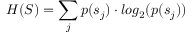
H ( S ) = \sum _ { j } p ( s _ { j } ) \cdot l o g _ { 2 } ( p ( s _ { j } ) )